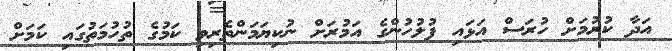
އަދާ ކުރުމަށް ހުރަސް އަޅައި ފުލުހުންގެ އަމުރަށް ނުކިޔަމަންތެރިވި ކަމުގެ ތުހުމަތުގައި ކަމަށް